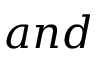
a n d